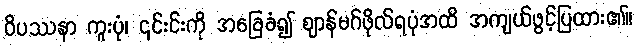
ဝိပဿနာ ကူးပုံ၊ ၎င်းင်းကို အခြေခံ၍ ဈာန်မဂ်ဖိုလ်ရပုံအထိ အကျယ်ဖွင့်ပြထား၏။